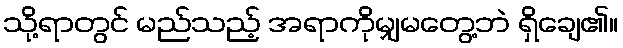
သို့ရာတွင် မည်သည့် အရာကိုမျှမတွေ့ဘဲ ရှိချေ၏။